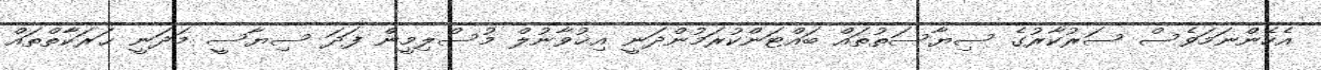
އެހެންނަމަވެސް ސަރުކާރުގެ ސިޔާސަތުތައް ބައްޓަންކުރަމުންދަނީ އިޚުވާނުލް މުސްލިމީން ފަދަ ސިޔާސީ މަދަނީ ޙަރަކާތްތައް